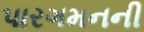
પારગમનની